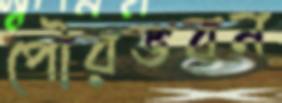
পৌরভবন